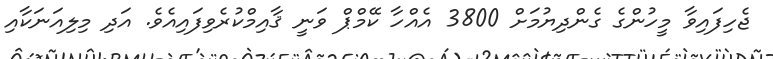
ޖެހިފައިވާ މީހުންގެ ގެންދިޔުމަށް 3800 އެއްހާ ކޭމްޕް ވަނީ ޤާއިމްކުރެވިފައިއެވެ. އަދި މިލިއަނަކާއި